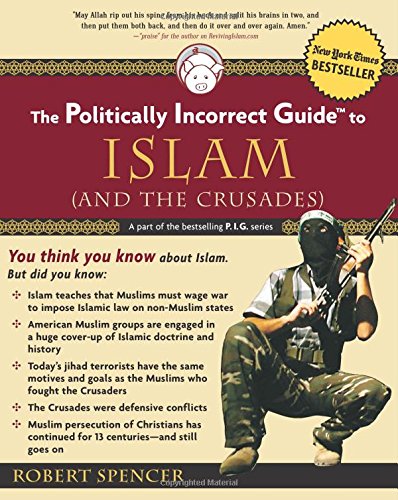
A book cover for The Politically Incorrect Guide to Islam (and the Crusades); Robert Spencer; History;